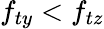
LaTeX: f_{ty}<f_{tz}